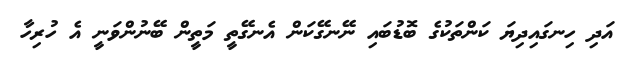
އަދި ހިނގައިދިޔަ ކަންތަކުގެ ބޮޑުބައި ނޭނގޭކަން އެނގޭތީ މަތީން ބޭނުންވަނީ އެ ހުރިހާ